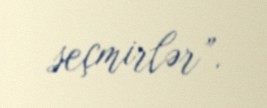
seçmirlər”.